Eesti_Toorahva_Kommuun, lk 31
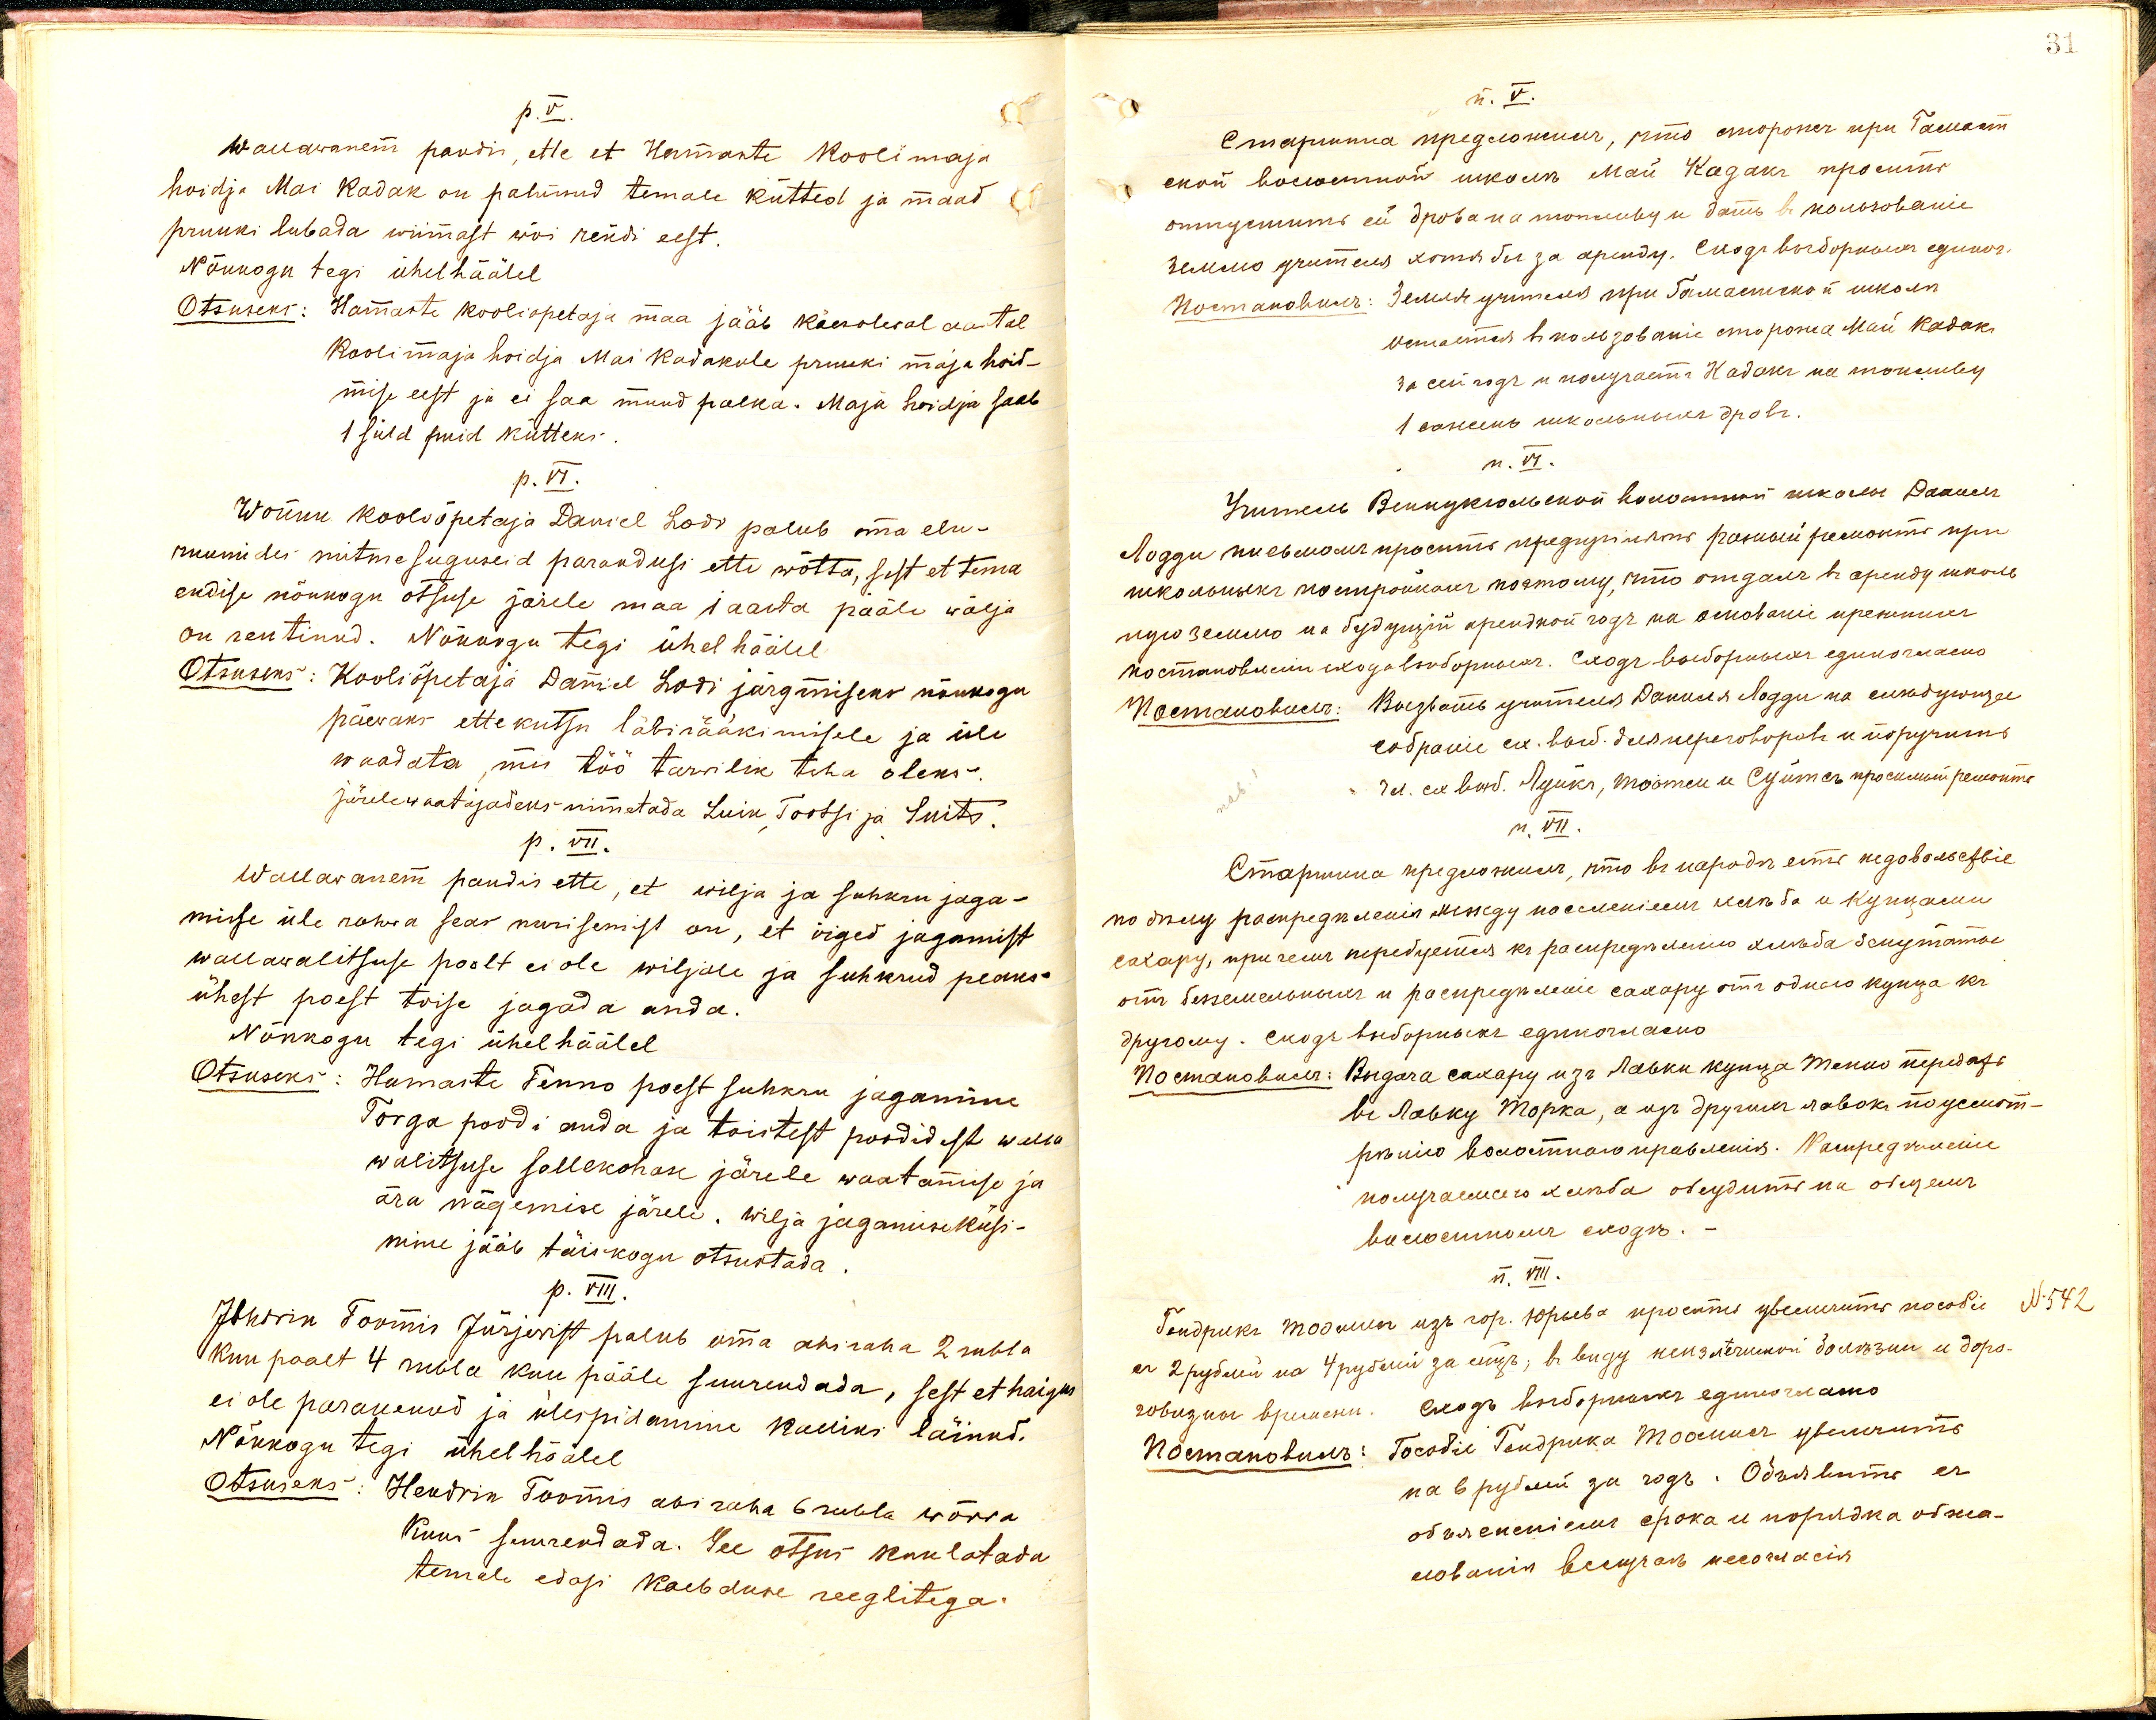
p.V.
Wallawanem pandis, ette et Hamaste Koolimaja
hoidja Mai Kadak on palunud temale kütted ja maad
pruuki lubada wiimast wõi rendi eest.
Nõukogu tegi ühel häälel
Otsuseks: Hamaste kooliõpetaja maa jääb käesoleval aastal
koolimaja hoidja Mai Kadakule pruuki maja hoid-
mise eest ja ei saa muud palka. Maja hoidja saab
1 süld puid kütteks.
p.VI.
Wõnnu kooliõpetaja Daniel Lodi palub oma elu-
ruumides mitme suguseid parandusi ette wõtta, sest et tema
endise nõukogu otsuse järele maa 1 aasta pääle wälja
on rentinud. Nõukogu tegi ühel häälel
Otsuseks: Kooliõpetaja Daniel Lodi järgmiseks nõukogu
päewaks ette kutsu läbirääkimisele ja üle
waadata, mis töö tarwilik teha oleks.
Järelewaatajadeks nimetada Luik, Tootsi ja Suits.
p.VII.
Wallawanem pandis ette, et wilja ja suhku jaga-
misse üle rahwa seas nurisemist on, et õiged jagamist
wallawalitsuse poolt ei ole wiljale ja suhkrud peaks-
ühest poest teise jagada anda.
Nõukogu tegi ühel häälel
Otsuseks: Hamaste Tenno poest suhkru jagamine
Torga poodi anda ja teistest poodidest walla
walitsuse sellekohase järele waatamise ja
ära nägemise järele. Wilja jagamise küsi-
nime jääb täiskogu otsustada.
p. VIII.
Hendrik Tormis Jurjewist palub oma abiraha 2 rubla
kuu poolt 4 rubla kuu pääle suurendada, sest et haigus
ei ole paranenud ja ülespidamine kalliks läinud.
Nõukogu tegi ühel häälel
Otsuseks: Hendrik Toomis abi raha 6 rubla wõrra
Kuus suurendada. See otsus kuulatada
temale edasi kaebduse reeglitega.